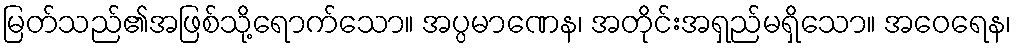
မြတ်သည်၏အဖြစ်သို့ရောက်သော။ အပ္ပမာဏေန၊ အတိုင်းအရှည်မရှိသော။ အဝေရေန၊